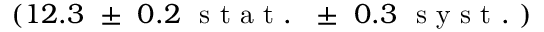
( 1 2 . 3 ~ \pm ~ 0 . 2 ~ \mathrm { ~ s ~ t ~ a ~ t ~ . ~ } ~ \pm ~ 0 . 3 ~ \mathrm { ~ s ~ y ~ s ~ t ~ . ~ } )